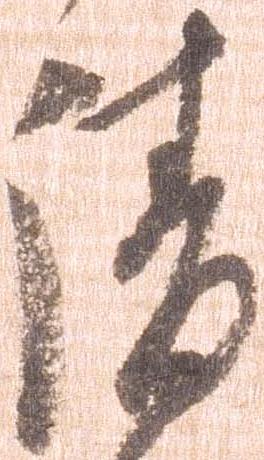
請